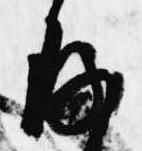
存